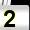
Digit: 2